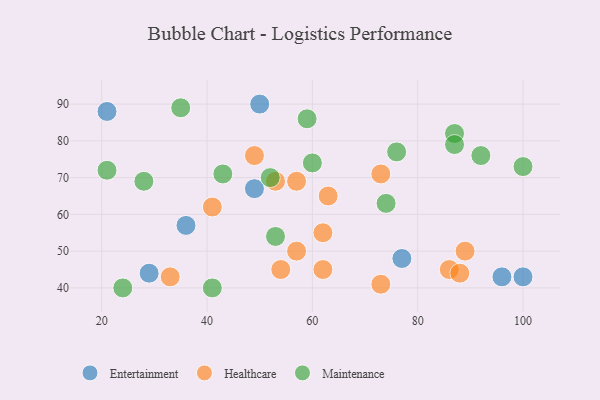
{"axis": {"x": "GDP", "y": "Life Expectancy"}, "legend": ["Entertainment", "Healthcare", "Maintenance"], "data": [{"x": "29", "y": 44, "type": "Entertainment"}, {"x": "36", "y": 57, "type": "Entertainment"}, {"x": "49", "y": 67, "type": "Entertainment"}, {"x": "50", "y": 90, "type": "Entertainment"}, {"x": "21", "y": 88, "type": "Entertainment"}, {"x": "100", "y": 43, "type": "Entertainment"}, {"x": "77", "y": 48, "type": "Entertainment"}, {"x": "96", "y": 43, "type": "Entertainment"}, {"x": "73", "y": 41, "type": "Healthcare"}, {"x": "33", "y": 43, "type": "Healthcare"}, {"x": "57", "y": 50, "type": "Healthcare"}, {"x": "54", "y": 45, "type": "Healthcare"}, {"x": "49", "y": 76, "type": "Healthcare"}, {"x": "63", "y": 65, "type": "Healthcare"}, {"x": "53", "y": 69, "type": "Healthcare"}, {"x": "86", "y": 45, "type": "Healthcare"}, {"x": "88", "y": 44, "type": "Healthcare"}, {"x": "62", "y": 45, "type": "Healthcare"}, {"x": "57", "y": 69, "type": "Healthcare"}, {"x": "62", "y": 55, "type": "Healthcare"}, {"x": "89", "y": 50, "type": "Healthcare"}, {"x": "41", "y": 62, "type": "Healthcare"}, {"x": "73", "y": 71, "type": "Healthcare"}, {"x": "100", "y": 73, "type": "Maintenance"}, {"x": "59", "y": 86, "type": "Maintenance"}, {"x": "87", "y": 82, "type": "Maintenance"}, {"x": "21", "y": 72, "type": "Maintenance"}, {"x": "74", "y": 63, "type": "Maintenance"}, {"x": "52", "y": 70, "type": "Maintenance"}, {"x": "76", "y": 77, "type": "Maintenance"}, {"x": "60", "y": 74, "type": "Maintenance"}, {"x": "28", "y": 69, "type": "Maintenance"}, {"x": "53", "y": 54, "type": "Maintenance"}, {"x": "43", "y": 71, "type": "Maintenance"}, {"x": "24", "y": 40, "type": "Maintenance"}, {"x": "87", "y": 79, "type": "Maintenance"}, {"x": "35", "y": 89, "type": "Maintenance"}, {"x": "92", "y": 76, "type": "Maintenance"}, {"x": "41", "y": 40, "type": "Maintenance"}]}